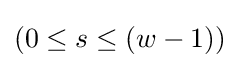
(0\leq s\leq (w-1))